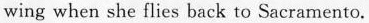
wing when she flies back to Sacramento.